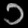
Digit: ၁